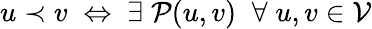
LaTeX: u\prec v\; \Leftrightarrow\; \exists\; \mathcal{P}(u,v)\; \; \forall\; u,v\in\mathcal{V}